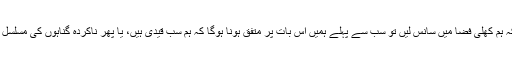
اگر ہم چاہتے ہے کہ ہم کھلی فضا میں سانس لیں تو سب سے پہلے ہمیں اس بات پر متفق ہونا ہوگا کہ ہم سب قیدی ہیں، یا پھر ناکردہ گناہوں کی مسلسل سزا کاٹ رہے ہیں۔